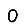
Digit: 0